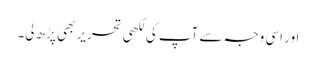
اور اسی وجہ سے آپ کی لکھی تحریر بھی پڑھ لی۔